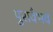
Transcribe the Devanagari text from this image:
पुरावैभव